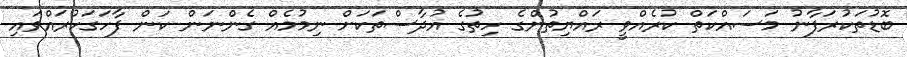
ބޮޑުތަކުރަފާނު މަސައްކަތް ކުރެއްވީ ރައްޔިތުންގެ ހިތުގެ އުދާސްތަކަށް ނިމުމެއް ގެންނަން ކަން ފާހަގަކުރައްވައި